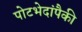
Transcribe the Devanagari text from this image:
पोटभेदांपैकी